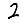
Digit: 2